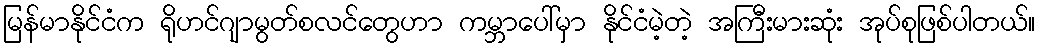
မြန်မာနိုင်ငံက ရိုဟင်ဂျာမွတ်စလင်တွေဟာ ကမ္ဘာပေါ်မှာ နိုင်ငံမဲ့တဲ့ အကြီးမားဆုံး အုပ်စုဖြစ်ပါတယ်။